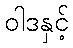
ဝါဒနှင့်